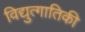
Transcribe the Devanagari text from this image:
विद्युत्गातिकी